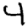
Digit: 4